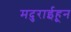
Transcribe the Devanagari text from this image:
मदुराईहून